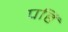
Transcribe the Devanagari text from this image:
पहिं